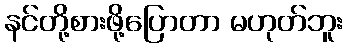
နင်တို့စားဖို့ပြောတာ မဟုတ်ဘူး